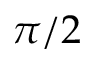
\pi / 2